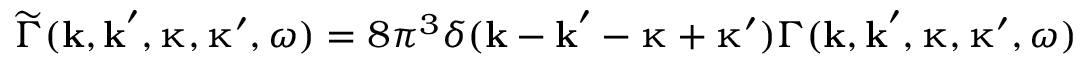
\widetilde { \Gamma } ( \boldsymbol { \mathbf { k } } , \boldsymbol { \mathbf { k } } ^ { \prime } , \boldsymbol { \mathbf { \upkappa } } , \boldsymbol { \mathbf { \upkappa } } ^ { \prime } , \omega ) = 8 \pi ^ { 3 } \delta ( \boldsymbol { \mathbf { k } } - \boldsymbol { \mathbf { k } } ^ { \prime } - \boldsymbol { \mathbf { \upkappa } } + \boldsymbol { \mathbf { \upkappa } } ^ { \prime } ) \Gamma ( \boldsymbol { \mathbf { k } } , \boldsymbol { \mathbf { k } } ^ { \prime } , \boldsymbol { \mathbf { \upkappa } } , \boldsymbol { \mathbf { \upkappa } } ^ { \prime } , \omega )